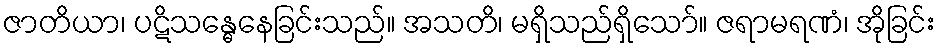
ဇာတိယာ၊ ပဋိသန္ဓေနေခြင်းသည်။ အသတိ၊ မရှိသည်ရှိသော်။ ဇရာမရဏံ၊ အိုခြင်း